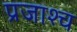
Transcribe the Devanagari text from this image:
प्रजाश्‍च